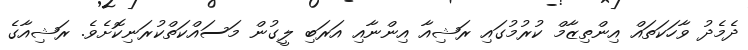
ދެމެދު ވާހަކަތައް އިންތިޒާމް ކުރުމުގައި ރަޝިއާ އިންނާއި އަރަބި ލީގުން މަސައްކަތްކުރަނިކޮށެވެ. ރަޝިއާގެ